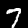
Label: 7